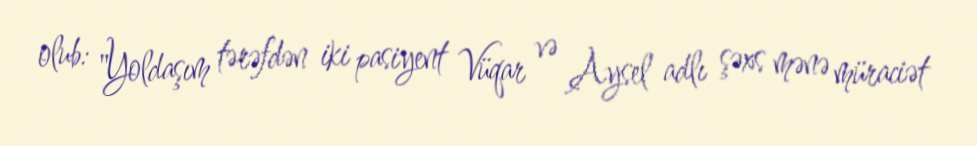
olub: "Yoldaşım tərəfdən iki pasiyent Vüqar və Aysel adlı şəxs mənə müraciət